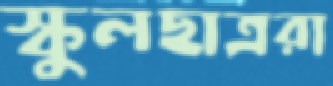
স্কুলছাত্ররা